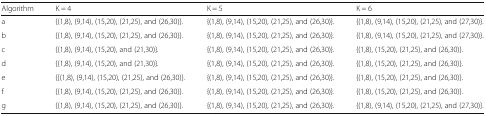
| Algorithm | K = 4 | K = 5 | K = 6 |
 | --- | --- | --- | --- |
 | a | {(1,8), (9,14), (15,20), (21,25), and (26,30)}. | {(1,8), (9,14), (15,20), (21,25), and (26,30)}. | {(1,8), (9,14), (15,20), (21,25), and (27,30)}. |
 | b | {(1,8), (9,14), (15,20), (21,25), and (26,30)}. | {(1,8), (9,14), (15,20), (21,25), and (26,30)}. | {(1,8), (9,14), (15,20), (21,25), and (27,30)}. |
 | c | {(1,8), (9,14), (15,20), and (21,30)}. | {(1,8), (9,14), (15,20), (21,25), and (26,30)}. | {(1,8), (15,20), (21,25), and (26,30)}. |
 | d | {(1,8), (9,14), (15,20), and (21,30)}. | {(1,8), (9,14), (15,20), (21,25), and (26,30)}. | {(1,8), (15,20), (21,25), and (26,30)}. |
 | e | {{(1,8), (9,14), (15,20), (21,25), and (26,30)}. | {(1,8), (9,14), (15,20), (21,25), and (26,30)}. | {(1,8), (15,20), (21,25), and (26,30)}. |
 | f | {(1,8), (9,14), (15,20), (21,25), and (26,30)}. | {(1,8), (9,14), (15,20), (21,25), and (26,30)}. | {(1,8), (15,20), (21,25), and (26,30)}. |
 | g | {(1,8), (9,14), (15,20), (21,25), and (26,30)}. | {(1,8), (9,14), (15,20), (21,25), and (26,30)}. | {(1,8), (9,14), (15,20), (21,25), and (27,30)}. |